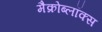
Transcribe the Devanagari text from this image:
मैक्रोब्लॉक्स